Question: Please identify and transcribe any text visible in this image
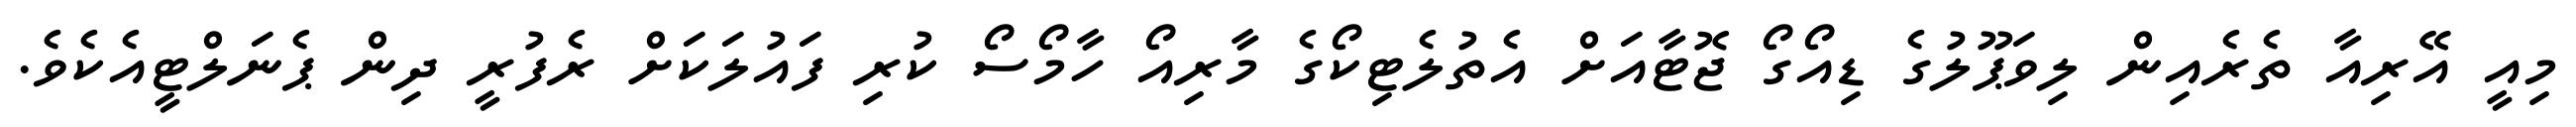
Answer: މިއީ އޭރިއާ ތެރެއިން ލިވަޕޫލުގެ ޑިއޯގޯ ޖޮޓާއަށް އެތުލެޓިކޯގެ މާރިއޯ ހާމޯސޯ ކުރި ފައުލަކަށް ރެފުރީ ދިން ޕެނަލްޓީއެކެވެ.